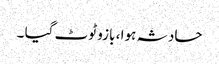
حادثہ ہوا ، بازو ٹوٹ گیا ۔